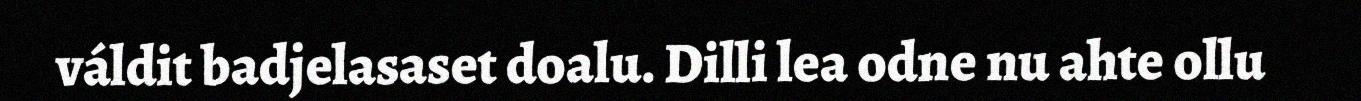
váldit badjelasaset doalu. Dilli lea odne nu ahte ollu